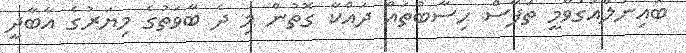
ބައިނަލްއަގުވާމީ ތަފާސް ހިސާބުތައް ދައްކާ ގޮތުން މި ދެ ބާވަތުގެ މިޔަރުގެ އާބާދީ